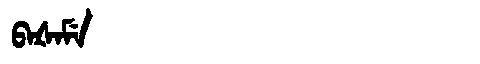
Manchu: ᠪᠠᡧᠠᠮᡝ
Romanization: BAŠAME